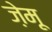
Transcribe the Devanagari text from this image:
ज़ेमू